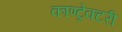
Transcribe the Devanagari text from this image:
काण्ट्रेक्टरी